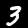
Label: 3